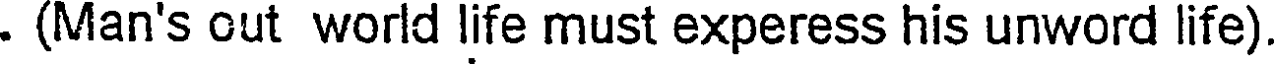
. (Man's out world life must experess his unword life)